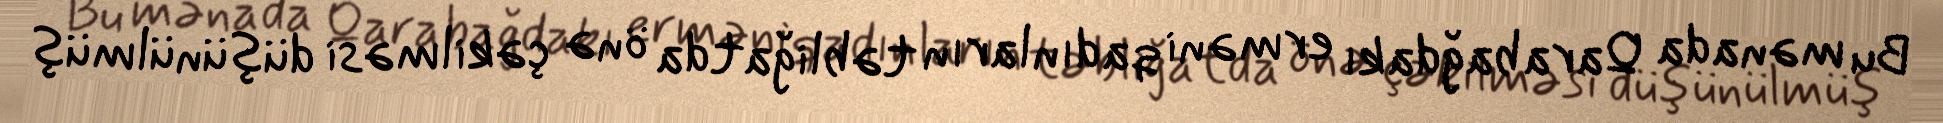
Bu mənada Qarabağdakı erməni qadınların təbliğatda önə çəkilməsi düşünülmüş